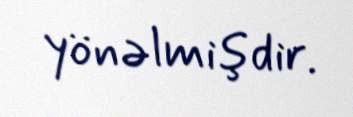
yönəlmişdir.